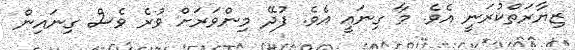
ޒިޔާރަތްކުރަނީ އެވެ. މާ ގިނައީ އެވެ. ފުދޭ މިންވަރަށް ވުރެ ވެސް ގިނައިން